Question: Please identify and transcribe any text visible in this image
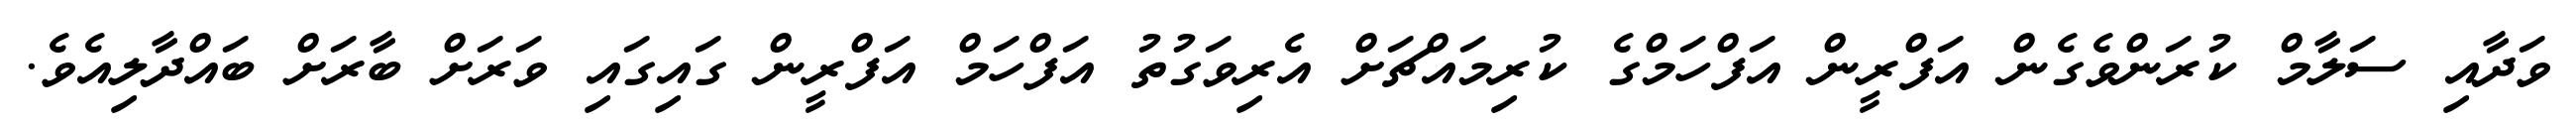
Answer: ވަދާއި ސަލާމް ކުރަންވެގެން އަފްރީން އަފްހަމްގެ ކުރިމައްޗަށް އެރިވަގުތު އަފްހަމް އަފްރީން ގައިގައި ވަރަށް ބާރަށް ބައްދާލިއެވެ.